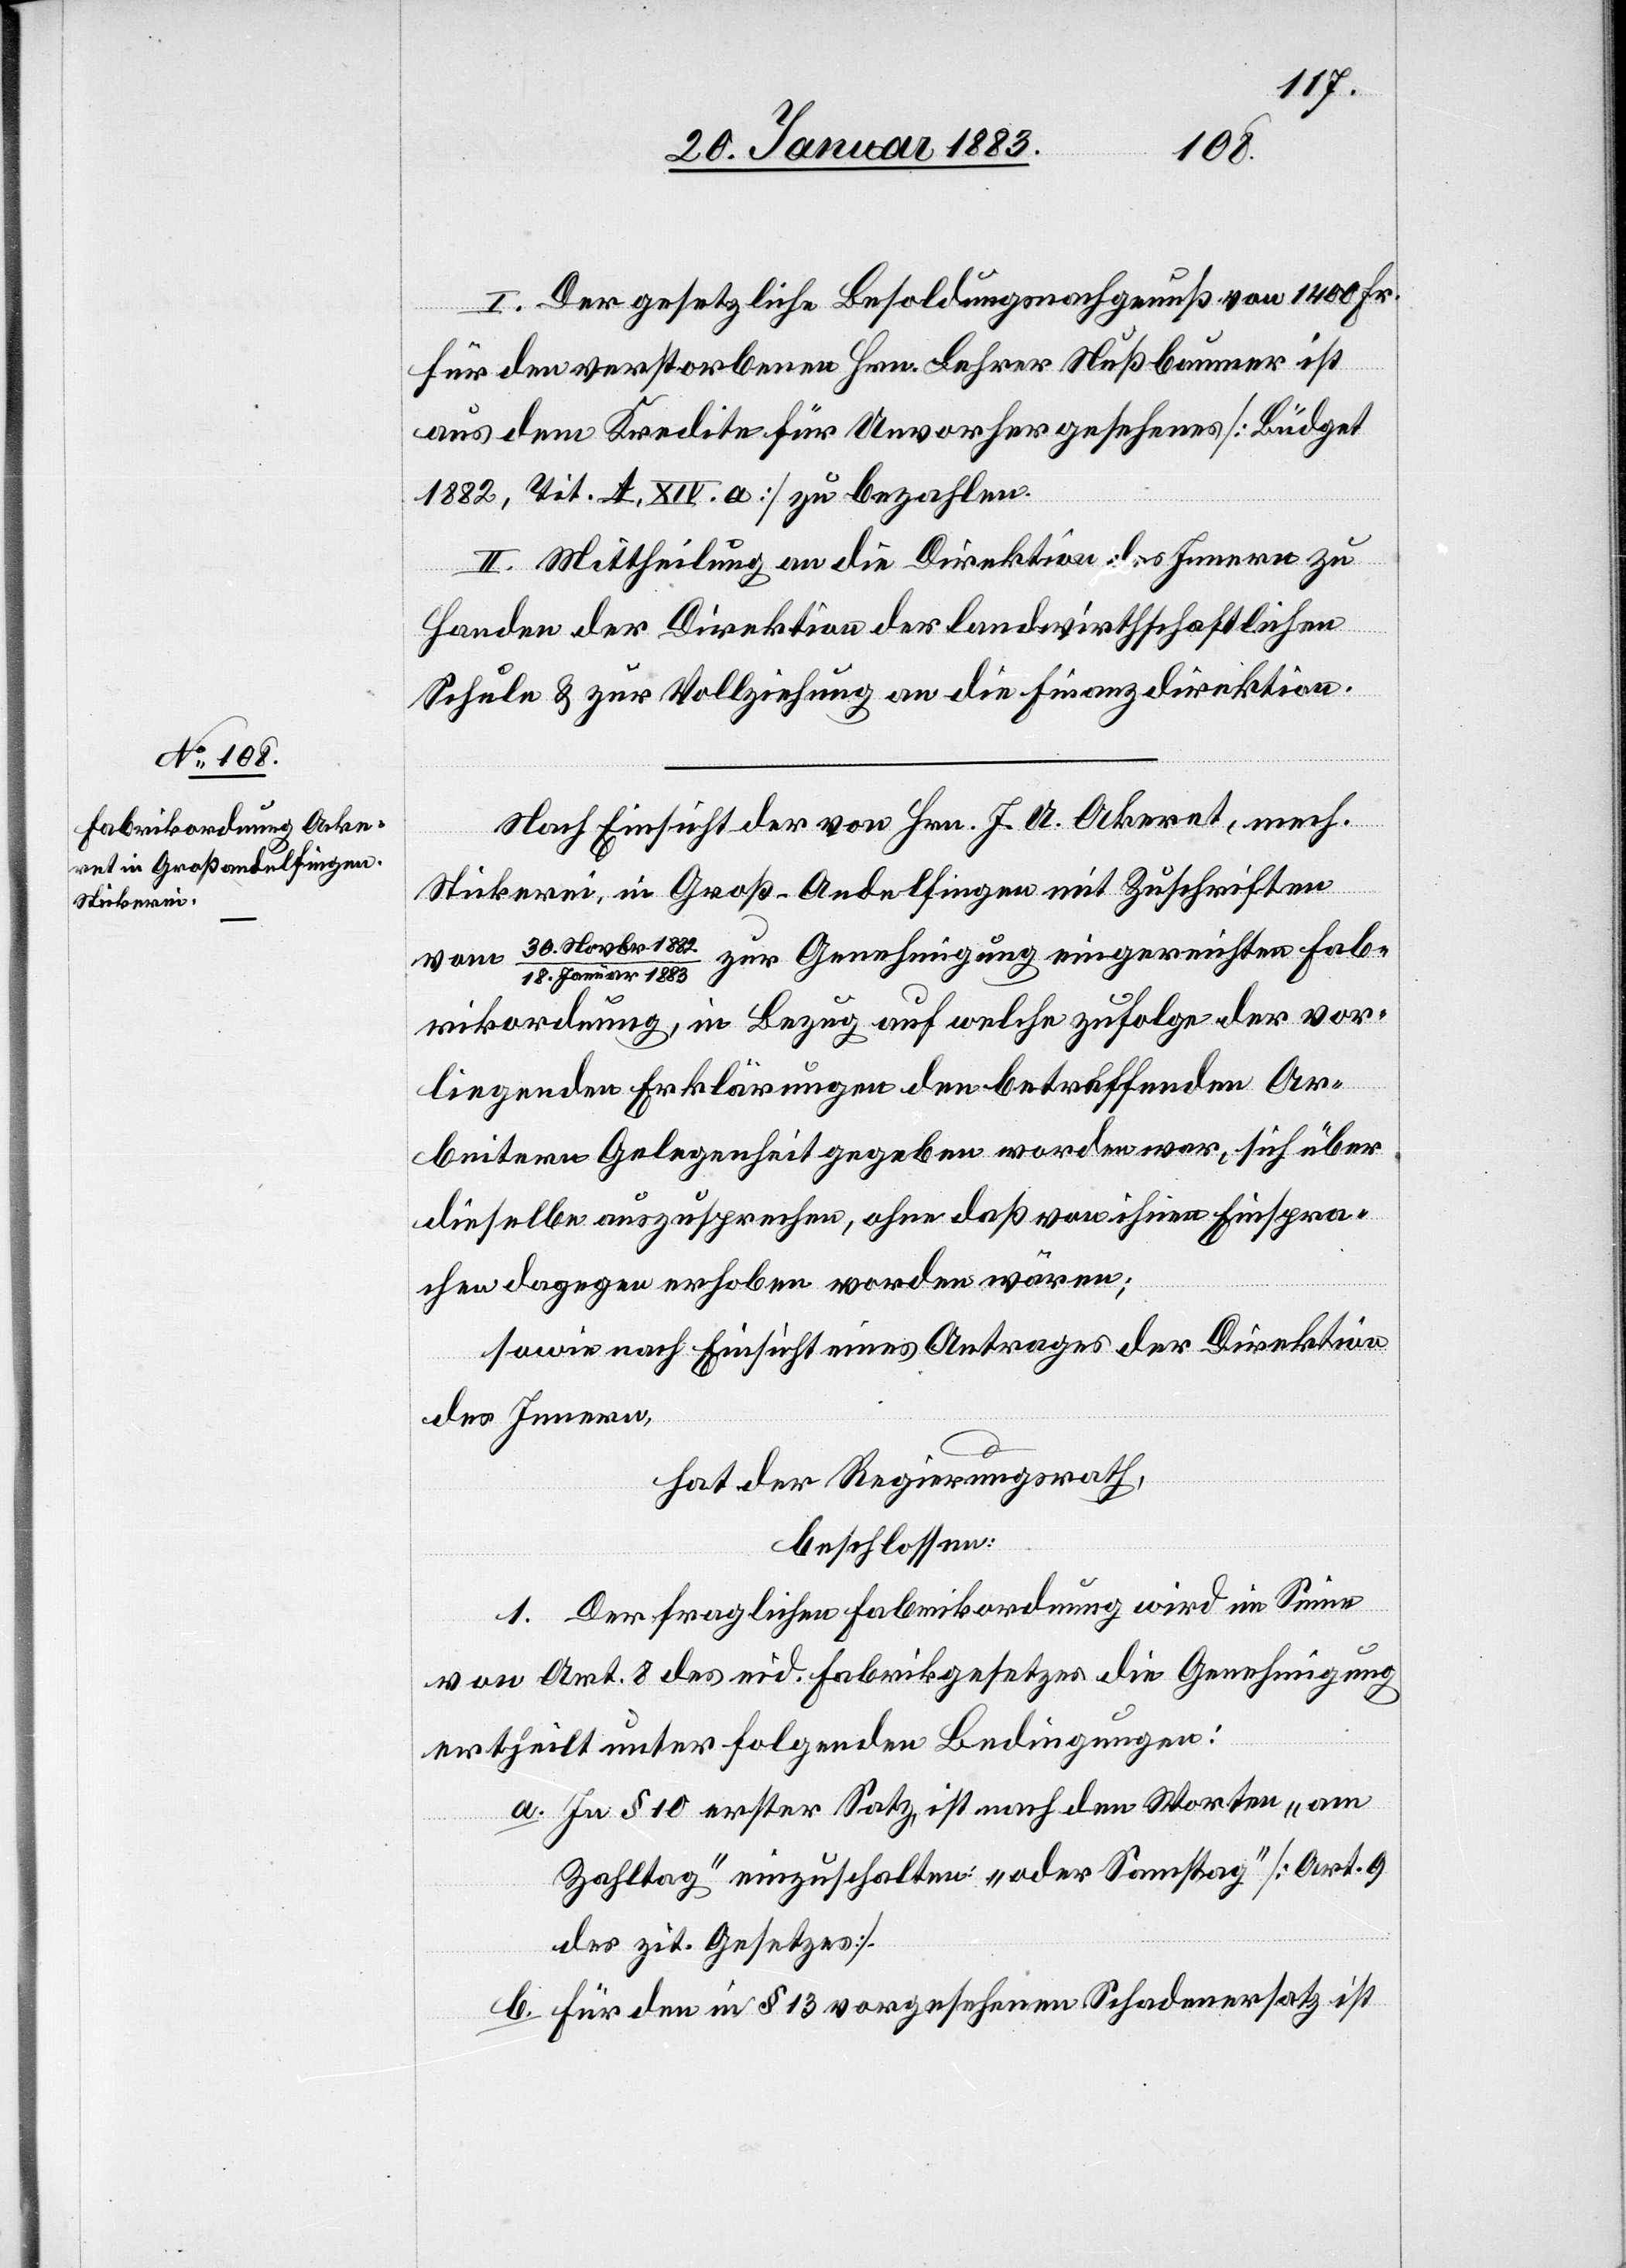
1883
I. Der gesetzliche Besoldungsnachgenuß von 1400 Fr.
für den verstorbenen Hrn. Lehrer Nußbaumer ist
aus dem Kredite für Unvorhergesehenes [Büdget
1882, Tit. A, XIV. a] zu bezahlen.
II. Mittheilung an die Direktion des Innern zu
Handen der Direktion der landwirthschaftlichen
Schule & zur Vollziehung an die Finanzdirektion.
Nach Einsicht der von Hrn. J. A. Akeret [sic!],
Stickerei, in Groß-Andelfingen [sic!] mit Zuschriften
vom 30. Novbr. 1882/18.
zur Genehmigung eingereichten Fab¬
rikordnung, in Bezug auf welche zufolge der vor¬
liegenden Erklärungen den betreffenden Ar¬
beitern Gelegenheit gegeben worden war, sich über
dieselbe auszusprechen, ohne daß von ihnen Einspra¬
chen dagegen erhoben worden wären;
sowie nach Einsicht eines Antrages der Direktion
des Innern,
hat der Regierungsrath,
beschlossen:
1. Der fraglichen Fabrikordnung wird im Sinne
von Art. 8 des eid. Fabrikgesetzes die Genehmigung
ertheilt unter folgenden Bedingungen:
a. In § 10 erster Satz ist nach den Worten „am
Zahltag“ einzuschalten: „oder Samstag“ [Art. 9
des zit. Gesetzes].
b. Für den in § 13 vorgesehenen Schadenersatz ist